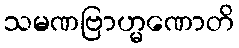
သမဏဗြာဟ္မဏောတိ